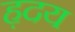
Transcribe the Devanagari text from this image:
ह़दय